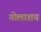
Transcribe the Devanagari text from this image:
गोलाशय